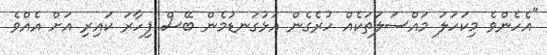
"އެހެންވެ މިކަހަލަ މައްސަލަތަކެއް ހުރެގެން އަޅުގަނޑުމެން ބޭސް ފިހާރަ ކައިރި އަށް އެއްވެ